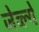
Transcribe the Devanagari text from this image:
जेव्ल्ये